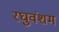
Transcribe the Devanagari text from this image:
रघुवंशम